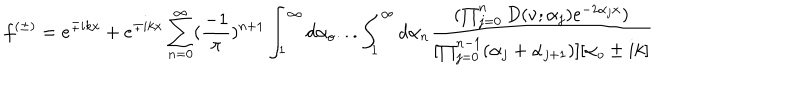
f ^ { ( \pm ) } = e ^ { \mp i k x } + e ^ { \mp i k x } \sum _ { n = 0 } ^ { \infty } ( \frac { - 1 } { \pi } ) ^ { n + 1 } \int _ { 1 } ^ { \infty } d \alpha _ { o } . . . \int _ { 1 } ^ { \infty } d \alpha _ { n } \frac { ( \prod _ { j = 0 } ^ { n } D ( \nu ; \alpha _ { j } ) e ^ { - 2 \alpha _ { j } x } ) } { [ \prod _ { j = 0 } ^ { n - 1 } ( \alpha _ { j } + \alpha _ { j + 1 } ) ] [ \alpha _ { o } \pm i k ] }